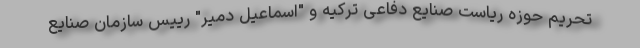
تحریم حوزه ریاست صنایع دفاعی ترکیه و "اسماعیل دمیر" رییس سازمان صنایع